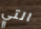
التي